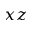
x z